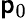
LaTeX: \mathsf{p}_{0}